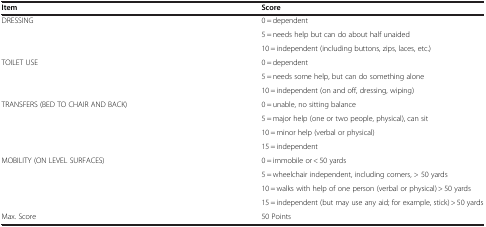
<table><thead><tr><td><b>Item</b></td><td><b>Score</b></td></tr></thead><tbody><tr><td rowspan="3">DRESSING</td><td>0 = dependent</td></tr><tr><td>5 = needs help but can do about half unaided</td></tr><tr><td>10 = independent (including buttons, zips, laces, etc.)</td></tr><tr><td rowspan="3">TOILET USE</td><td>0 = dependent</td></tr><tr><td>5 = needs some help, but can do something alone</td></tr><tr><td>10 = independent (on and off, dressing, wiping)</td></tr><tr><td rowspan="4">TRANSFERS (BED TO CHAIR AND BACK)</td><td>0 = unable, no sitting balance</td></tr><tr><td>5 = major help (one or two people, physical), can sit</td></tr><tr><td>10 = minor help (verbal or physical)</td></tr><tr><td>15 = independent</td></tr><tr><td rowspan="4">MOBILITY (ON LEVEL SURFACES)</td><td>0 = immobile or &lt; 50 yards</td></tr><tr><td>5 = wheelchair independent, including corners, &gt; 50 yards</td></tr><tr><td>10 = walks with help of one person (verbal or physical) &gt; 50 yards</td></tr><tr><td>15 = independent (but may use any aid; for example, stick) &gt; 50 yards</td></tr><tr><td>Max. Score</td><td>50 Points</td></tr></tbody></table>